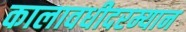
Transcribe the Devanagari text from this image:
कालावधीदरम्यान